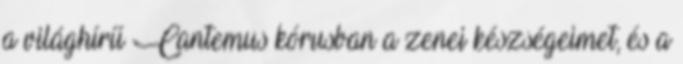
a világhírű Cantemus kórusban a zenei készségeimet, és a